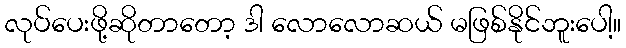
လုပ်ပေးဖို့ဆိုတာတော့ ဒါ လောလောဆယ် မဖြစ်နိုင်ဘူးပေါ့။